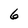
Character: 6